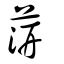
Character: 䓑